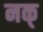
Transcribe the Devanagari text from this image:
नक्